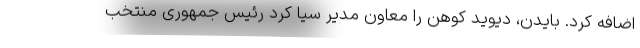
اضافه کرد. بایدن، دیوید کوهن را معاون مدیر سیا کرد رئیس جمهوری منتخب